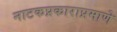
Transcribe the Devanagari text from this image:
नाटकप्रकाराप्रमाणे